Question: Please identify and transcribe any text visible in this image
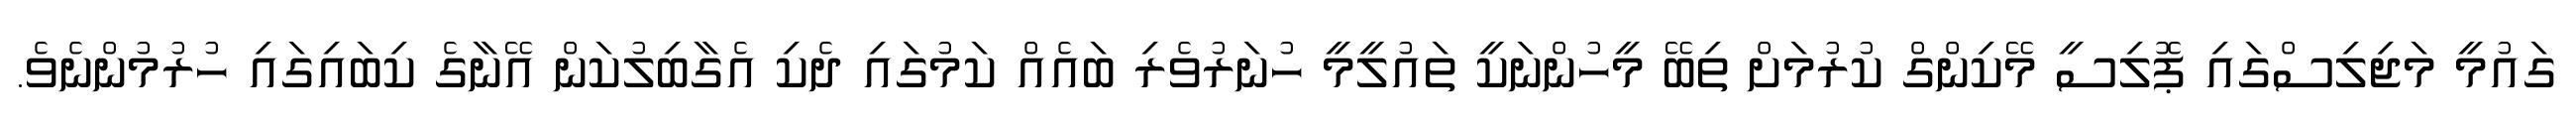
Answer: ގައުމީ މަޖިލިސްގައި ޕޮލިސީ މޭކިންގް ކުރުމަށް ތިބޭ މީހުންނަކީ ތައުލީމީ ހުނަރުވެރި ބައެއް ކަމުގައި ދެކި އެގާބިލުކަން އޭނާގެ ކިބައިގައި ހުރުމުންނެވެ.